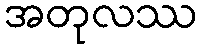
အတုလဿ